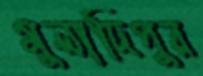
মুলাদিপুর